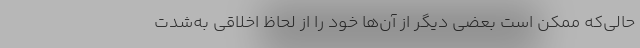
حالی‌که ممکن است بعضی دیگر از آن‌ها خود را از لحاظ اخلاقی به‌شدت